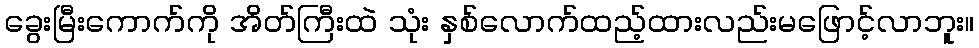
ခွေးမြီးကောက်ကို အိတ်ကြီးထဲ သုံး နှစ်လောက်ထည့်ထားလည်းမဖြောင့်လာဘူး။